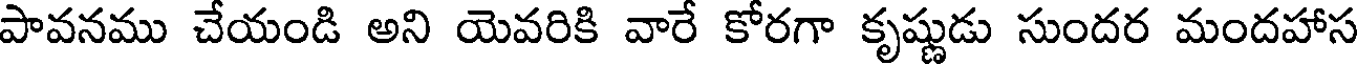
పావనము చేయండి అని యెవరికి వారే కోరగా కృష్ణుడు సుందర మందహాస